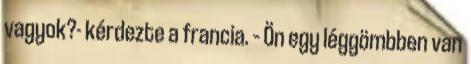
vagyok?- kérdezte a francia. – Ön egy léggömbben van